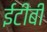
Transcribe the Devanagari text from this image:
ईटीबी